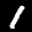
Label: 1